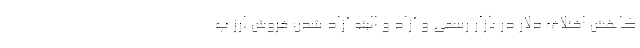
کاهش اختلاف دلار در بازار رسمی و آزاد و البته آزاد شدن فروش ارز پ